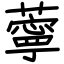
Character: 薴